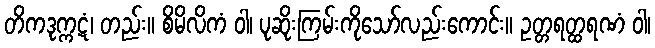
တိကဒုက္ကဋံ၊ တည်း။ စိမိလိကံ ဝါ၊ ပုဆိုးကြမ်းကိုသော်လည်းကောင်း။ ဥတ္တရတ္ထရဏံ ဝါ၊